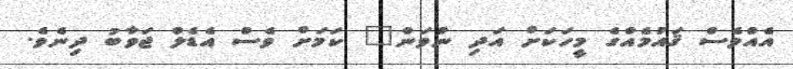
އެއްވެސް ޤައުމެއްގެ މީހަކަށް އަދި ނުވަން" ކަމަށް ވެސް އެޑެލް ޖަވާބު ދިނެވެ.